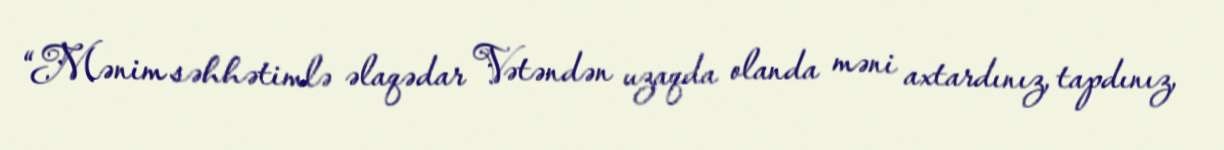
“Mənim səhhətimlə əlaqədar Vətəndən uzaqda olanda məni axtardınız, tapdınız,